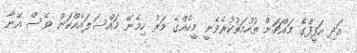
އަދި އަފީފްގެ މައްޗަށް ތުހުމަތުކުރެވެނީ މީހެއްގެ މަރު ހިމެނޭ މައްސަލައެއްކަން ވެސް އޭނާ